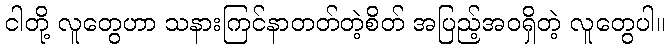
ငါတို့ လူတွေဟာ သနားကြင်နာတတ်တဲ့စိတ် အပြည့်အဝရှိတဲ့ လူတွေပါ။